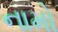
નામો